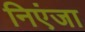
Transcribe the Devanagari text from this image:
निएंजा